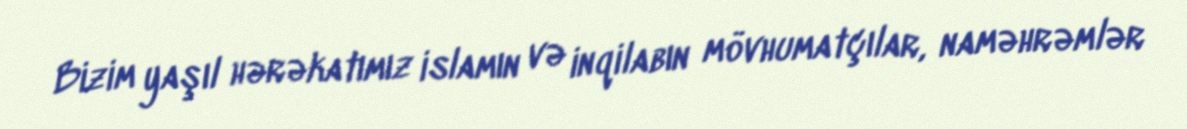
Bizim yaşıl hərəkatımız islamın və inqilabın mövhumatçılar, naməhrəmlər